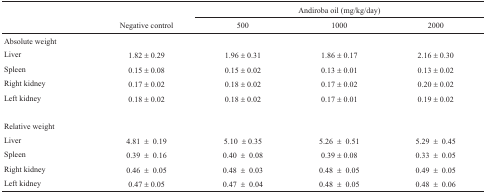
<table><thead><tr><td></td><td></td><td colspan="3"><b>Andiroba oil (mg/kg/day)</b></td></tr><tr><td></td><td><b>Negative control</b></td><td><b>500</b></td><td><b>1000</b></td><td><b>2000</b></td></tr></thead><tbody><tr><td>Absolute weight</td><td></td><td></td><td></td><td></td></tr><tr><td>Liver</td><td>1.82 ± 0.29</td><td>1.96 ± 0.31</td><td>1.86 ± 0.17</td><td>2.16 ± 0.30</td></tr><tr><td>Spleen</td><td>0.15 ± 0.08</td><td>0.15 ± 0.02</td><td>0.13 ± 0.01</td><td>0.13 ± 0.02</td></tr><tr><td>Right kidney</td><td>0.17 ± 0.02</td><td>0.18 ± 0.02</td><td>0.17 ± 0.02</td><td>0.20 ± 0.02</td></tr><tr><td>Left kidney</td><td>0.18 ± 0.02</td><td>0.18 ± 0.02</td><td>0.17 ± 0.01</td><td>0.19 ± 0.02</td></tr><tr><td>Relative weight</td><td></td><td></td><td></td><td></td></tr><tr><td>Liver</td><td>4.81 ± 0.19</td><td>5.10 ± 0.35</td><td>5.26 ± 0.51</td><td>5.29 ± 0.45</td></tr><tr><td>Spleen</td><td>0.39 ± 0.16</td><td>0.40 ± 0.08</td><td>± 0.08</td><td>0.33 ± 0.05</td></tr><tr><td>Right kidney</td><td>0.46 ± 0.05</td><td>0.48 ± 0.03</td><td>0.48 ± 0.05</td><td>0.49 ± 0.05</td></tr><tr><td>Left kidney</td><td>± 0.05</td><td>0.47 ± 0.04</td><td>0.48 ± 0.05</td><td>0.48 ± 0.06</td></tr></tbody></table>